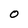
Character: 0